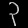
Digit: ၃